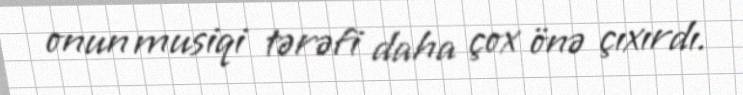
onun musiqi tərəfi daha çox önə çıxırdı.